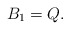
\begin{align*} B_1 = Q.\end{align*}